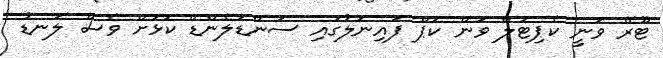
ޓޫރޭ ވަނީ ކެޕިޓަލް ވަން ކަޕް ފައިނަލުގައި ސަންޑަލެންޑް ކޮޅަށް ވެސް ލަނޑު